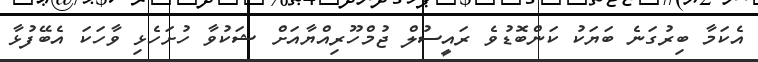
އެކަމާ ބިރުގަނެ ބަޔަކު ކަންބޮޑުވެ ރައީސުލް ޖުމްހޫރިއްޔާއަށް ޝަކުވާ ހުށަހެޅި ވާހަކަ އެބޭފުޅާ